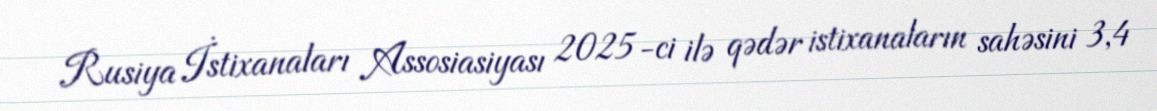
Rusiya İstixanaları Assosiasiyası 2025-ci ilə qədər istixanaların sahəsini 3,4